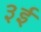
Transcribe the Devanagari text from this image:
३ई